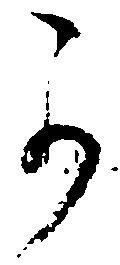
可